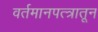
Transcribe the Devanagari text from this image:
वर्तमानपत्त्रातून